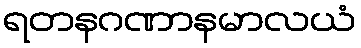
ရတနဂဏာနမာလယံ